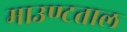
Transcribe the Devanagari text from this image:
माउण्टताल